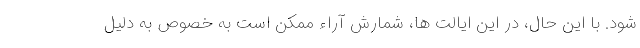
شود. با این حال، در این ایالت ها، شمارش آراء ممکن است به خصوص به دلیل